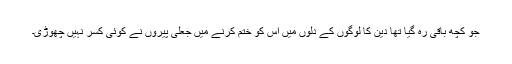
جو کچھ باقی رہ گیا تھا دین کا لوگوں کے دلوں میں اس کو ختم کرنے میں جعلی پیروں نے کوئی کسر نہیں چھوڑی۔